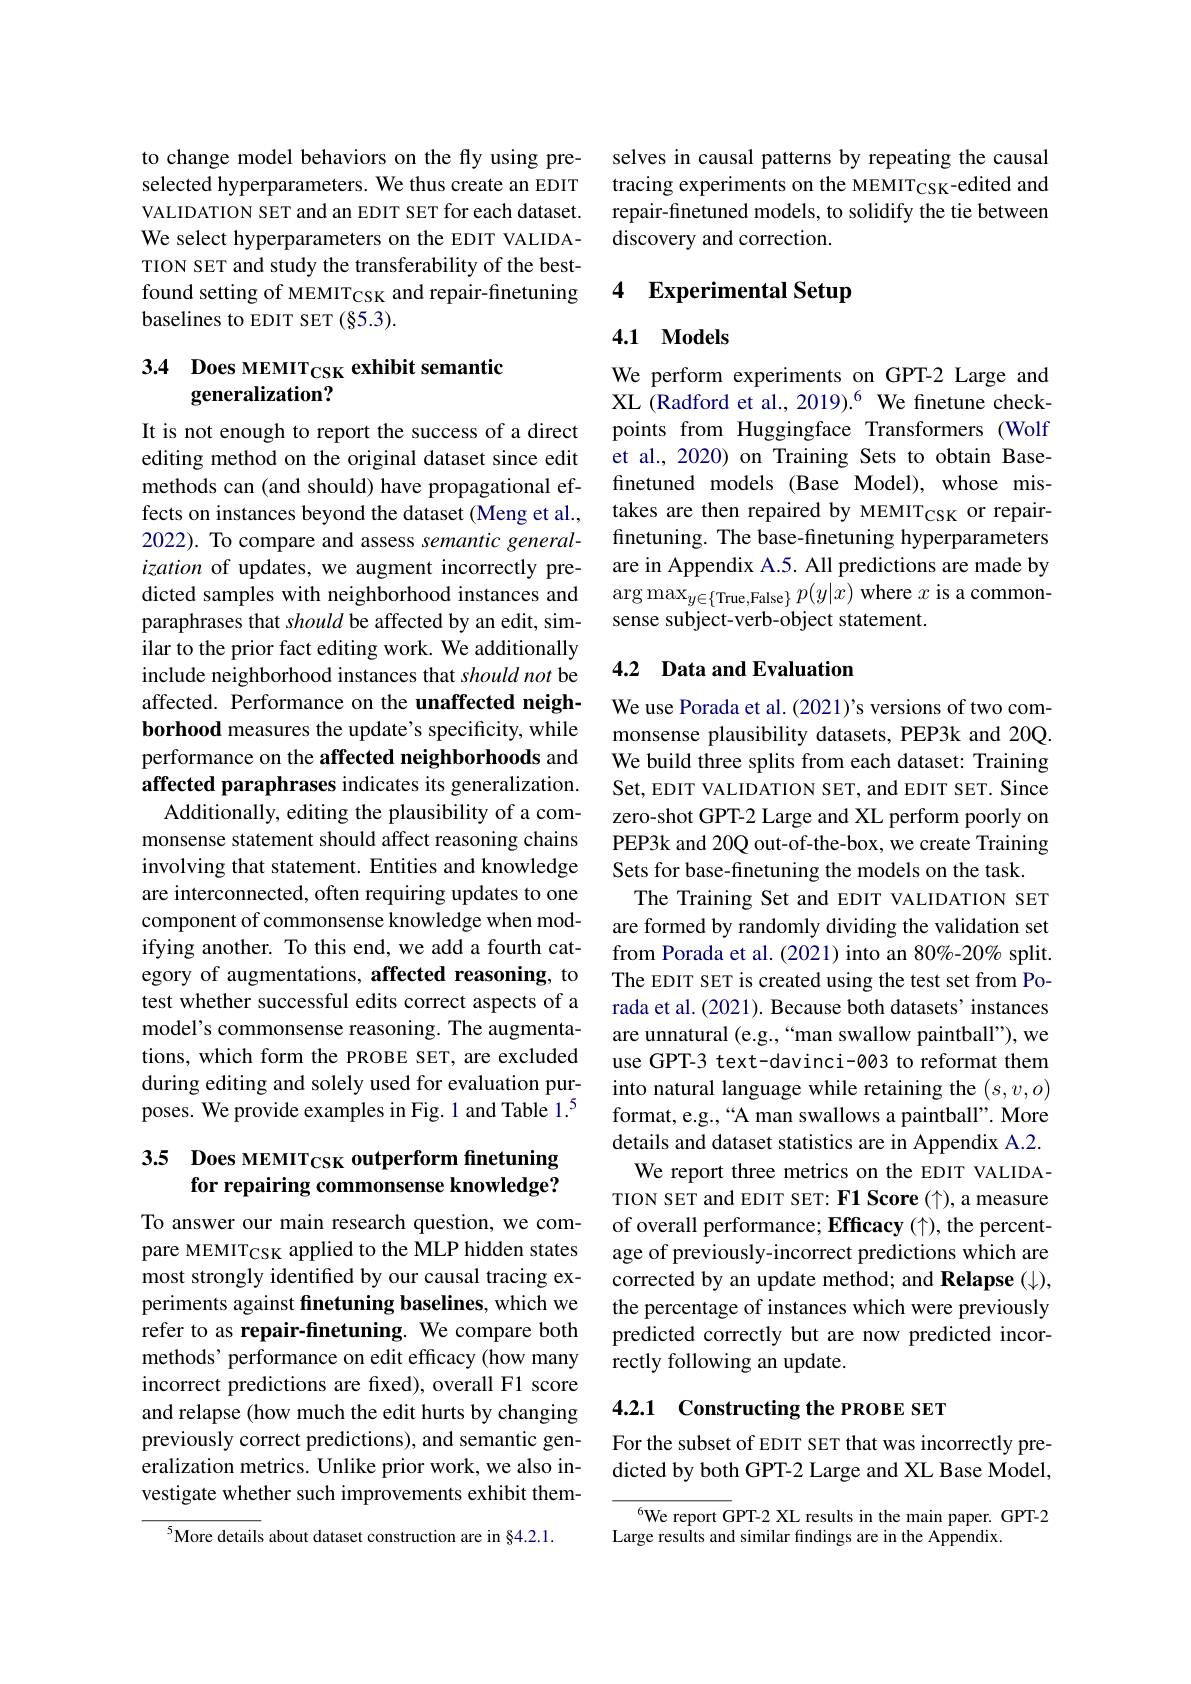
to change model behaviors on the fly using preselected hyperparameters. We thus create an EDIT VALIDATION SET and an EDIT SET for each dataset. We select hyperparameters on the EDIT VALIDATION SET and study the transferability of the bestfound setting of MEMITCSK and repair-finetuning baselines to EDIT SET (§5.3).

# 3.4 Does MEMITCSK exhibit semantic generalization?

It is not enough to report the success of a direct editing method on the original dataset since edit methods can (and should) have propagational effects on instances beyond the dataset (Meng et al., 2022). To compare and assess semantic generalization of updates, we augment incorrectly predicted samples with neighborhood instances and paraphrases that should be affected by an edit, similar to the prior fact editing work. We additionally include neighborhood instances that should not be affected. Performance on the unaffected neighborhood measures the update's specificity, while performance on the affected neighborhoods and affected paraphrases indicates its generalization.
Additionally, editing the plausibility of a commonsense statement should affect reasoning chains involving that statement. Entities and knowledge are interconnected, often requiring updates to one component of commonsense knowledge when modifying another. To this end, we add a fourth category of augmentations, affected reasoning, to test whether successful edits correct aspects of a model's commonsense reasoning. The augmentations, which form the PROBE SET, are excluded during editing and solely used for evaluation purposes. We provide examples in Fig.1 and Table 1.$^{5}$

# 3.5 Does MEMITCSK outperform finetuning for repairing commonsense knowledge?

To answer our main research question, we compare MEMITCSK applied to the MLP hidden states most strongly identified by our causal tracing experiments against finetuning baselines, which we refer to as repair-finetuning. We compare both methods' performance on edit efficacy (how many incorrect predictions are fixed), overall F1 score and relapse (how much the edit hurts by changing previously correct predictions), and semantic generalization metrics. Unlike prior work, we also investigate whether such improvements exhibit them-

$^{5}$More details about dataset construction are in §4.2.1.

selves in causal patterns by repeating the causal tracing experiments on the MEMITCSK-edited and repair-finetuned models, to solidify the tie between discovery and correction.

### 4 $\textbf{Experimental Setup}$

## 4.1 Models

We perform experiments on GPT-2 Large and XL (Radford et al., 2019).$^{6}$ We finetune checkpoints from Huggingface Transformers (Wolf et al., 2020) on Training Sets to obtain Basefinetuned models (Base Model), whose mistakes are then repaired by MEMITcSK or repairfinetuning. The base-finetuning hyperparameters are in Appendix A.5. All predictions are made by $\arg\max_{y\in\{\text{True,False}\}}p(y|x)$ where $x$ is a commonsense subject-verb-object statement

## 4.2 Data and Evaluation

We use Porada et al. (2021)'s versions of two commonsense plausibility datasets, PEP3k and 20Q. We build three splits from each dataset: Training Set, EDIT VALIDATION SET, and EDIT SET. Since zero-shot GPT-2 Large and XL perform poorly on PEP3k and 20Q out-of-the-box, we create Training Sets for base-finetuning the models on the task.
The Training Set and EDIT VALIDATION SET are formed by randomly dividing the validation set from Porada et al. (2021) into an 80%-20% split. The EDIT SET is created using the test set from Porada et al. (2021). Because both datasets' instances are unnatural (e.g.,“man swallow paintball"), we use GPT-3 text-davinci-003 to reformat them into natural language while retaining the $(s,v,o)$ format, e.g., “A man swallows a paintball". More details and dataset statistics are in Appendix A.2.
We report three metrics on the EDIT VALIDATION SET and EDIT SET: F1 Score $(\uparrow)$, a measure of overall performance; Efficacy (↑), the percentage of previously-incorrect predictions which are corrected by an update method; and Relapse (」), the percentage of instances which were previously predicted correctly but are now predicted incorrectly following an update.

## 4.2.1 Constructing the PROBE SET

For the subset of EDIT SET that was incorrectly predicted by both GPT-2 Large and XL Base Model,

$^{6}$We report GPT-2 XL results in the main paper. GPT-2
Large results and similar findings are in the Appendix.